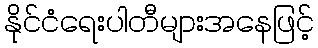
နိုင်ငံရေးပါတီများအနေဖြင့်